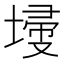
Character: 𡎹